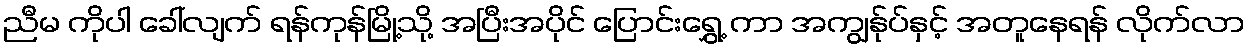
ညီမ ကိုပါ ခေါ်လျက် ရန်ကုန်မြို့သို့ အပြီးအပိုင် ပြောင်းရွှေ့ ကာ အကျွန်ုပ်နှင့် အတူနေရန် လိုက်လာ